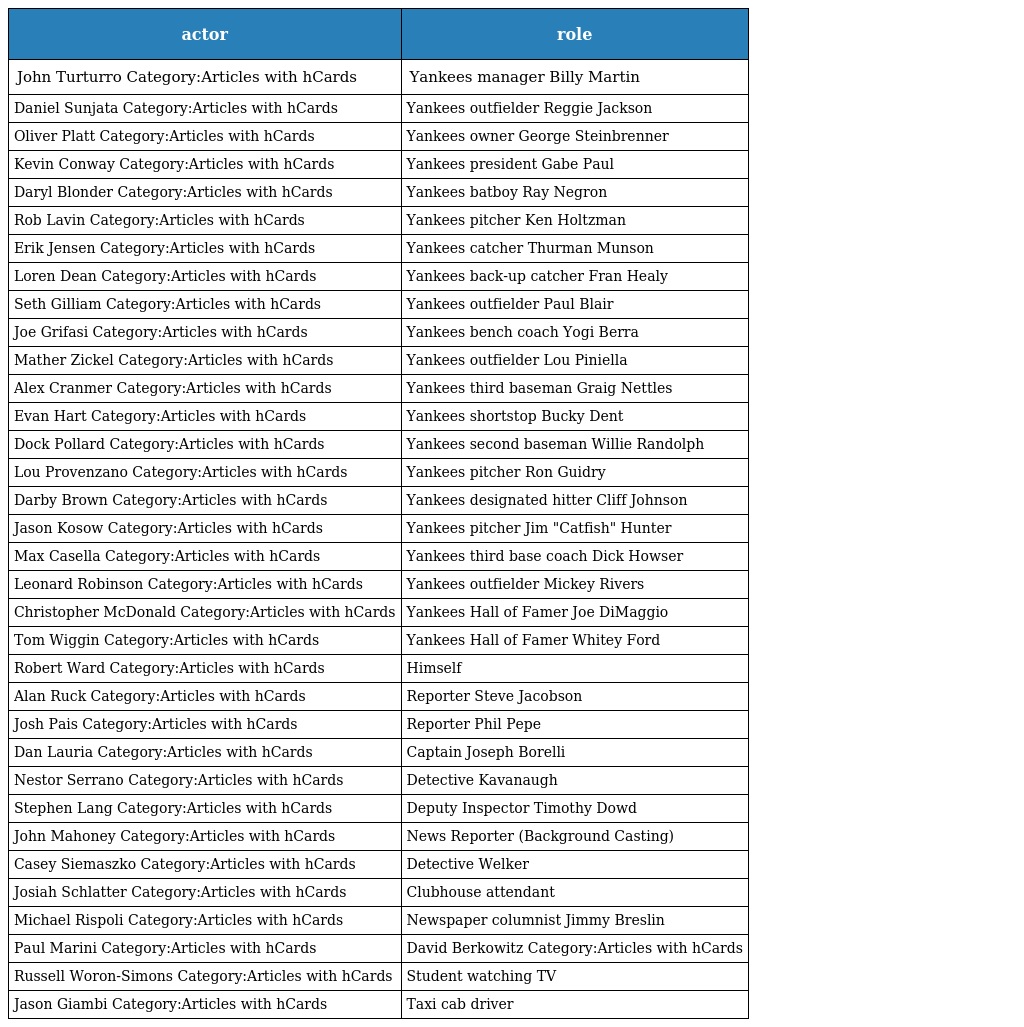
| actor | role |
 | --- | --- |
 | John Turturro Category:Articles with hCards | Yankees manager Billy Martin |
 | Daniel Sunjata Category:Articles with hCards | Yankees outfielder Reggie Jackson |
 | Oliver Platt Category:Articles with hCards | Yankees owner George Steinbrenner |
 | Kevin Conway Category:Articles with hCards | Yankees president Gabe Paul |
 | Daryl Blonder Category:Articles with hCards | Yankees batboy Ray Negron |
 | Rob Lavin Category:Articles with hCards | Yankees pitcher Ken Holtzman |
 | Erik Jensen Category:Articles with hCards | Yankees catcher Thurman Munson |
 | Loren Dean Category:Articles with hCards | Yankees back-up catcher Fran Healy |
 | Seth Gilliam Category:Articles with hCards | Yankees outfielder Paul Blair |
 | Joe Grifasi Category:Articles with hCards | Yankees bench coach Yogi Berra |
 | Mather Zickel Category:Articles with hCards | Yankees outfielder Lou Piniella |
 | Alex Cranmer Category:Articles with hCards | Yankees third baseman Graig Nettles |
 | Evan Hart Category:Articles with hCards | Yankees shortstop Bucky Dent |
 | Dock Pollard Category:Articles with hCards | Yankees second baseman Willie Randolph |
 | Lou Provenzano Category:Articles with hCards | Yankees pitcher Ron Guidry |
 | Darby Brown Category:Articles with hCards | Yankees designated hitter Cliff Johnson |
 | Jason Kosow Category:Articles with hCards | Yankees pitcher Jim "Catfish" Hunter |
 | Max Casella Category:Articles with hCards | Yankees third base coach Dick Howser |
 | Leonard Robinson Category:Articles with hCards | Yankees outfielder Mickey Rivers |
 | Christopher McDonald Category:Articles with hCards | Yankees Hall of Famer Joe DiMaggio |
 | Tom Wiggin Category:Articles with hCards | Yankees Hall of Famer Whitey Ford |
 | Robert Ward Category:Articles with hCards | Himself |
 | Alan Ruck Category:Articles with hCards | Reporter Steve Jacobson |
 | Josh Pais Category:Articles with hCards | Reporter Phil Pepe |
 | Dan Lauria Category:Articles with hCards | Captain Joseph Borelli |
 | Nestor Serrano Category:Articles with hCards | Detective Kavanaugh |
 | Stephen Lang Category:Articles with hCards | Deputy Inspector Timothy Dowd |
 | John Mahoney Category:Articles with hCards | News Reporter (Background Casting) |
 | Casey Siemaszko Category:Articles with hCards | Detective Welker |
 | Josiah Schlatter Category:Articles with hCards | Clubhouse attendant |
 | Michael Rispoli Category:Articles with hCards | Newspaper columnist Jimmy Breslin |
 | Paul Marini Category:Articles with hCards | David Berkowitz Category:Articles with hCards |
 | Russell Woron-Simons Category:Articles with hCards | Student watching TV |
 | Jason Giambi Category:Articles with hCards | Taxi cab driver |